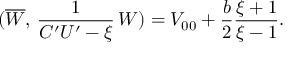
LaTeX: ( \overline { { { W } } } , \, \frac { 1 } { C ^ { \prime } U ^ { \prime } - \xi } \, W ) = V _ { 0 0 } + \frac { b } { 2 } \frac { \xi + 1 } { \xi - 1 } .